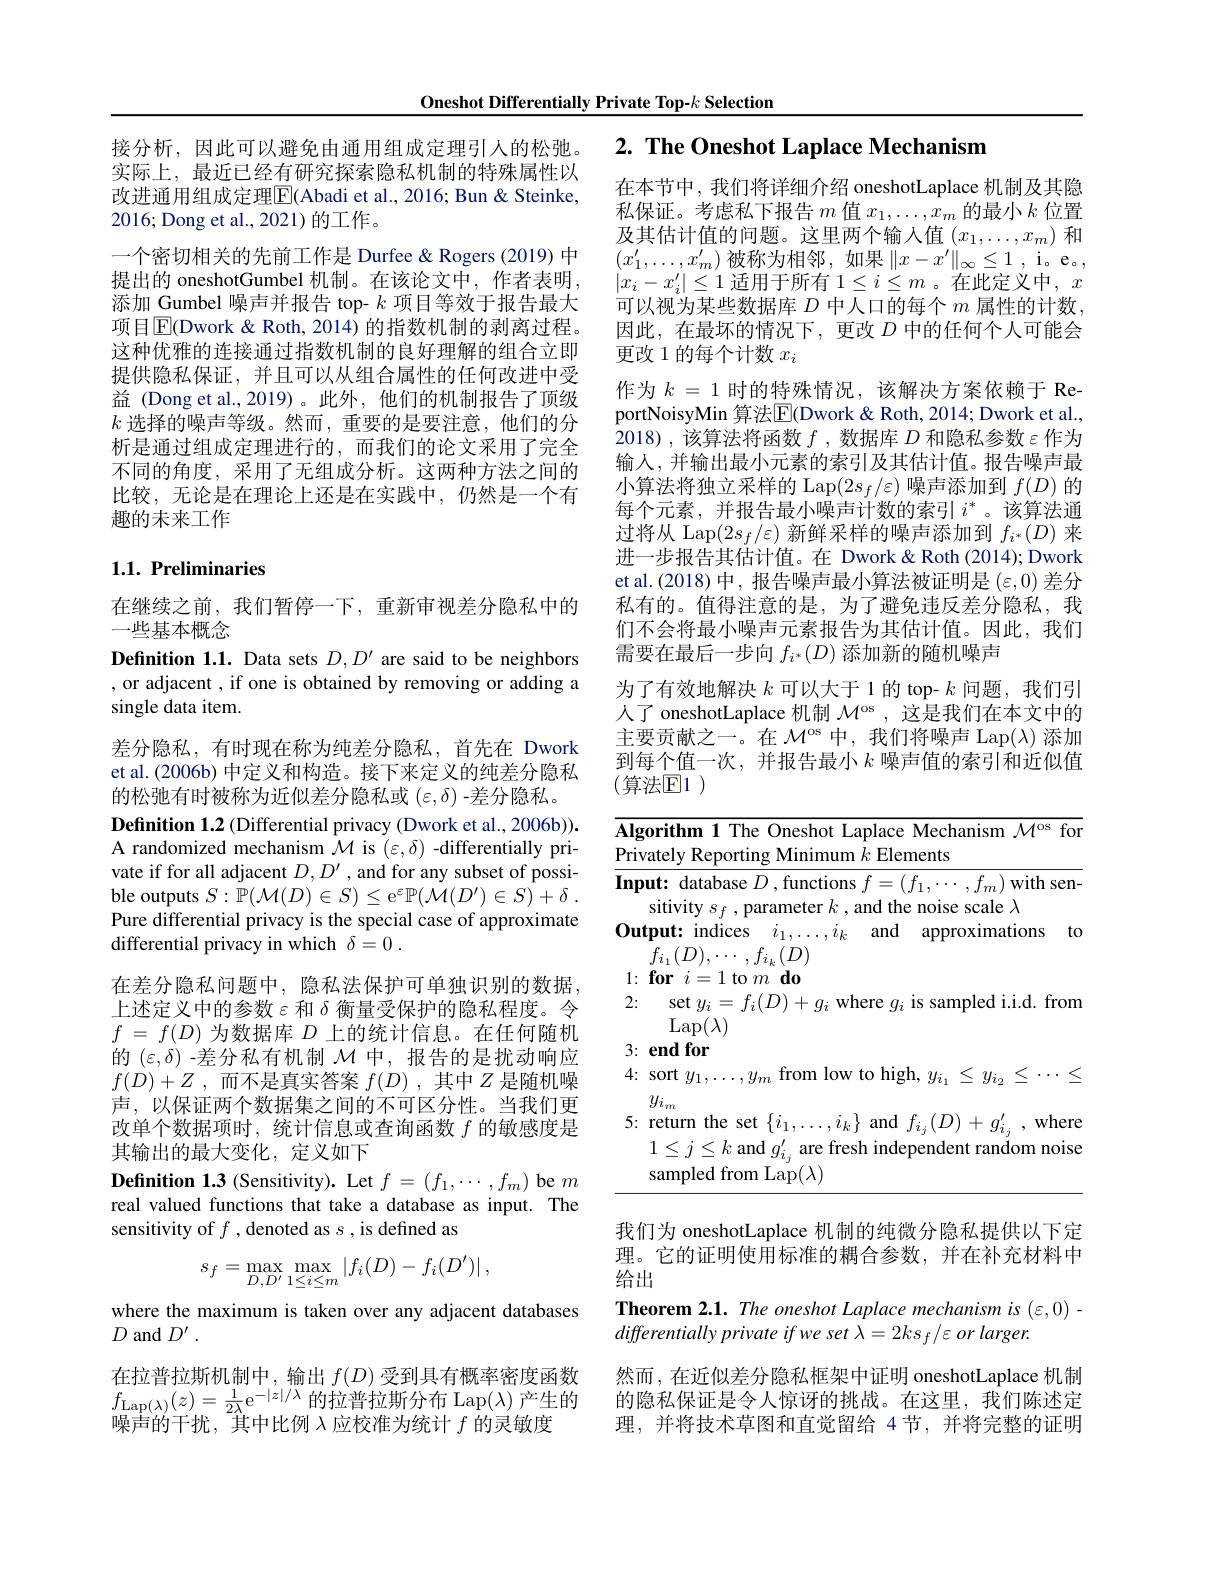
Oneshot Differentially Private Top-k Selection

接分析，因此可以避免由通用组成定理引入的松弛。实际上，最近已经有研究探索隐私机制的特殊属性以改进通用组成定理$\boxed{\mathrm{F}}($Abadi et al., 2016; Bun & Steinke, 2016;Dong et al.,2021)的工作。
一个密切相关的先前工作是 Durfee& Rogers (2019) 中提出的 oneshotGumbel 机制。在该论文中，作者表明添加\_Gumbel 噪声并报告 top- $k$项目等效于报告最大项目$\overline{\mathrm{E}}($Dwork &Roth, 2014) 的指数机制的剥离过程。这种优雅的连接通过指数机制的良好理解的组合立即提供隐私保证，并且可以从组合属性的任何改进中受益 (Dong et al.,2019)。此外，他们的机制报告了顶级$k$选择的噪声等级。然而，重要的是要注意，他们的分析是通过组成定理进行的，而我们的论文采用了完全不同的角度，采用了无组成分析。这两种方法之间的比较，无论是在理论上还是在实践中，仍然是一个有趣的未来工作

## 1.1. Preliminaries

在继续之前，我们暂停一下，重新审视差分隐私中的
一些基本概念
Definition 1.1. Data sets $D,D^\prime$ are said to be neighbors , or adjacent , if one is obtained by removing or adding a single data item.
差分隐私，有时现在称为纯差分隐私，首先在 Dwork et al. (2006b) 中定义和构造。接下来定义的纯差分隐私的松弛有时被称为近似差分隐私或$(\varepsilon,\delta)$ -差分隐私。
Definition 1.2 (Differential privacy (Dwork et al., 2006b)). A randomized mechanism $\mathcal{M}$ is $(\varepsilon,\delta)$ -differentially private if for all adjacent $D,D^\prime$ , and for any subset of possible outputs $S: \mathbb{P} ( \mathcal{M} ( D) \in S) \leq \mathrm{e} ^\varepsilon \mathbb{P} ( \mathcal{M} ( D^{\prime }) \in S) + \delta$ . Pure differential privacy is the special case of approximate differential privacy in which $\delta = 0$ .
在差分隐私问题中，隐私法保护可单独识别的数据上述定义中的参数$\varepsilon$和$\delta$衡量受保护的隐私程度。令$f$ = $f( D)$为数据库$D$上的统计信息。在任何随机的$(\varepsilon,\delta)$ -差分私有机制$\mathcal{M}$中，报告的是扰动响应$f( D) + Z$ ,而不是真实答案$f( D)$ ,其中$Z$是随机噪声，以保证两个数据集之间的不可区分性。当我们更改单个数据项时，统计信息或查询函数$f$的敏感度是其输出的最大变化，定义如下
Definition 1.3 (Sensitivity). Let $f=(f_1,\cdots,f_m)$ be $m$ real valued functions that take a database as input. The sensitivity of $f$ , denoted as $s$ , is defined as
$$s_{f}=\max_{D,D^{\prime}}\max_{1\leq i\leq m}\left|f_{i}(D)-f_{i}(D^{\prime})\right|,$$
where the maximum is taken over any adjacent databases
$D$ and $D^\prime.$

在拉普拉斯机制中，输出$f(D)$受到具有概率密度函数$f_{\mathrm{Lap}(\lambda)}(z)=\frac1{2\lambda}\mathrm{e}^{-|z|/\lambda}$的拉普拉斯分布 Lap$(\lambda)$产生的噪声的干扰，其中比例$\lambda$应校准为统计$f$的灵敏度

# 2. The Oneshot Laplace Mechanism

在本节中，我们将详细介绍 oneshotLaplace 机制及其隐私保证。考虑私下报告$m$值$x_1,\ldots,x_m$的最小$k$位置及其估计值的问题。这里两个输入值$(x_1,\ldots,x_m)$和$(x_{1}^{\prime},\ldots,x_{m}^{\prime})$被称为相邻，如果$\|x-x^\prime\|_{\infty}\leq1$,i。e, $|x_i-x_i^{\prime}|\leq1$ 适用于所有 $1\leq i\leq m$ 。在此定义中$,x$ 可以视为某些数据库$D$中人口的每个$m$属性的计数， 因此，在最坏的情况下，更改$D$中的任何个人可能会更改 1 的每个计数$x_i$
作为$k=1$时的特殊情况，该解决方案依赖于 ReportNoisyMin 算法$\overline{\mathbb{E}}($Dwork &Roth, 2014; Dwork et al., 2018),该算法将函数$f$ ,数据库$D$和隐私参数$\varepsilon$作为输入，并输出最小元素的索引及其估计值。报告噪声最小算法将独立采样的 Lap$(2s_f/\varepsilon)$噪声添加到$f(D)$的每个元素，并报告最小噪声计数的索引$i^*$。该算法通过将从 Lap$(2s_f/\varepsilon)$新鲜采样的噪声添加到$f_i^*(D)$来进一步报告其估计值。在 Dwork &Roth (2014); Dwork et al.(2018)中，报告噪声最小算法被证明是$(\varepsilon,0)$差分私有的。值得注意的是，为了避免违反差分隐私，我们不会将最小噪声元素报告为其估计值。因此，我们需要在最后一步向$f_i^*(D)$添加新的随机噪声
为了有效地解决$k$可以大于 1 的 top- $k$问题，我们引人了 oneshotLaplace 机制$\mathcal{M}^\mathrm{os}$ ,这是我们在本文中的主要贡献之一。在$\mathcal{M}^\mathrm{os}$中，我们将噪声 Lap$(\lambda)$添加到每个值一次，并报告最小$k$噪声值的索引和近似值(算法$\mathbb{E}1)$

<table>
	<tbody>
		<tr>
			<th>$\overline{\mathbf{Alg}}$ Priv</th>
			<th>gorithm 1 The Oneshot Laplace Mechanism $\mathcal{M}^\mathrm{os}$ fon vately Reporting Minimum $k$ Elements</th>
		</tr>
		<tr>
			<td>Inp</td>
			<td>put: database $D$ ,functions $f=(f_1,\cdots,f_m)$ with sen sitivity $s_f$, parameter $k$, and the noise scale $\lambda$</td>
		</tr>
		<tr>
			<td>4:</td>
			<td>sort $y_1,\ldots,y_m$ from low to high, $y_{i_1}\leq y_{i_2}\leq\cdots$ $y_{i}$</td>
		</tr>
		<tr>
			<td>5:</td>
			<td>return the set $\{i_1,\ldots,i_k\}$ and $f_{i_j}(D)+g_{i_j}^{\prime}$,where $1\leq j\leq k$ and $g_i_i^{\prime}$ are fresh independent random noise sampled from Lap$(\lambda)$</td>
		</tr>
	</tbody>
</table>

我们为 oneshotLaplace 机制的纯微分隐私提供以下定理。它的证明使用标准的耦合参数，并在补充材料中给出
Theorem 2.1. The oneshot Laplace mechanism is (ε,0)
differentially private if we set λ= 2ks f /ε or larger.
然而，在近似差分隐私框架中证明 oneshotLaplace 机制的隐私保证是令人惊讶的挑战。在这里，我们陈述定理，并将技术草图和直觉留给 4节，并将完整的证明